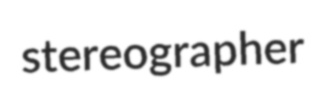
stereographer